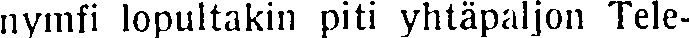
nymfi lopultakin piti yhtäpaljon Tele-